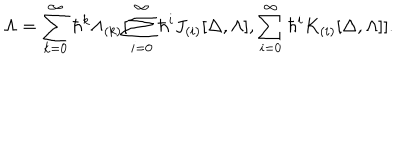
\Lambda = \sum _ { k = 0 } ^ { \infty } \hbar ^ { k } \Lambda _ { ( k ) } [ \sum _ { i = 0 } ^ { \infty } \hbar ^ { i } J _ { ( i ) } [ \Delta , \Lambda ] , \sum _ { i = 0 } ^ { \infty } \hbar ^ { i } K _ { ( i ) } [ \Delta , \Lambda ] ] .